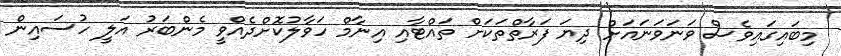
މިބައިގައިވެސް ވަނަވަނައަށް ދިޔަ ފަރާތްތަކަށް ތައްޓާއި އިނާމް ހަވާލުކޮށްދެއްވީ މެންބަރު އަލީ ހުސައިން